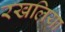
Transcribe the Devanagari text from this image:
रखलिया